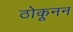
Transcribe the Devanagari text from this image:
ठोकूनन